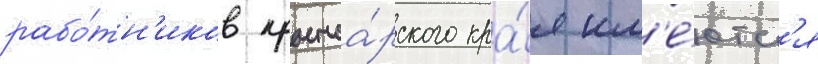
рабо́тн'иков красноа́рского кра́я им'е́ютс'я